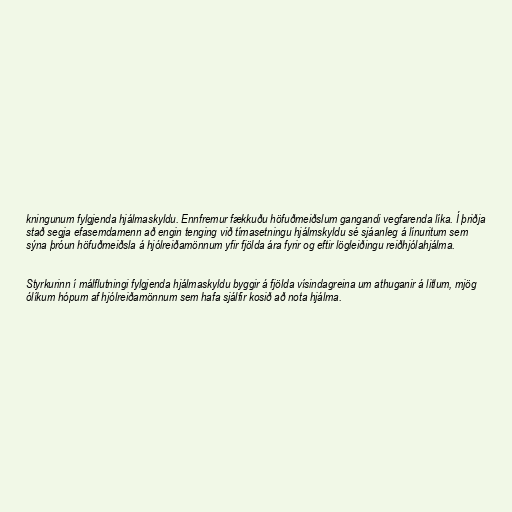
kningunum fylgjenda hjálmaskyldu. Ennfremur fækkuðu höfuðmeiðslum gangandi vegfarenda líka. Í þriðja
stað segja efasemdamenn að engin tenging við tímasetningu hjálmskyldu sé sjáanleg á línuritum sem
sýna þróun höfuðmeiðsla á hjólreiðamönnum yfir fjölda ára fyrir og eftir lögleiðingu reiðhjólahjálma.

Styrkurinn í málflutningi fylgjenda hjálmaskyldu byggir á fjölda vísindagreina um athuganir á litlum, mjög
ólíkum hópum af hjólreiðamönnum sem hafa sjálfir kosið að nota hjálma.